Civil Veterinary Department. Central Provinces & Berar 1925-31 - 1925-1931
Year: 1925
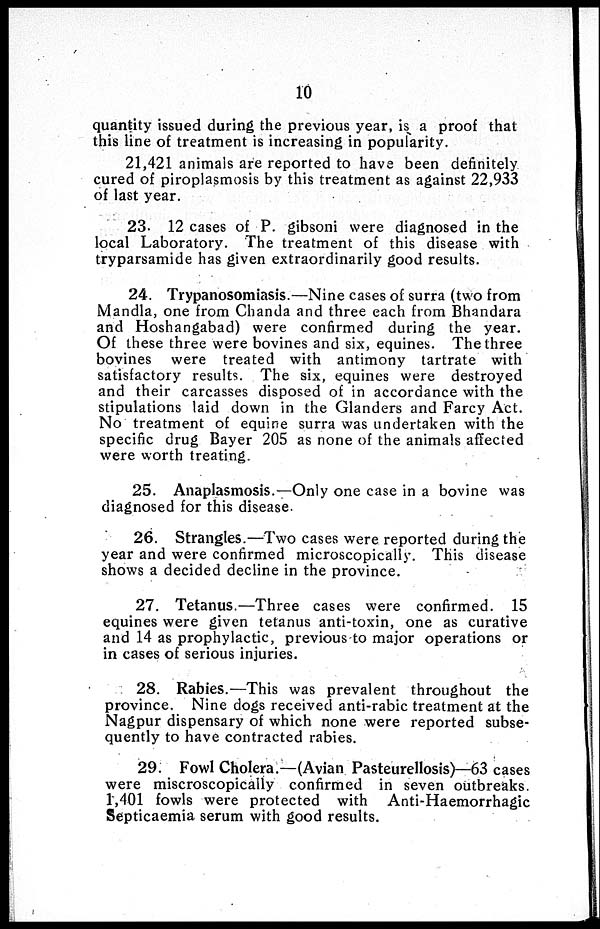
10
quantity issued during the previous year, is a proof that
this line of treatment is increasing in popularity.
21,421 animals are reported to have been definitely
cured of piroplasmosis by this treatment as against 22,933
of last year.
23. 12 cases of P gibsoni were diagnosed in the
local Laboratory. The treatment of this disease with
tryparsamide has given extraordinarily good results.
24. Trypanosomiasis.—Nine cases of surra (two from
Mandla, one from Chanda and three each from Bhandara
and Hoshangabad) were confirmed during the year.
Of these three were bovines and six, equines. The three
bovines were treated with antimony tartrate with
satisfactory results. The six, equines were destroyed
and their carcasses disposed of in accordance with the
stipulations laid down in the Glanders and Farcy Act.
No treatment of equine surra was undertaken with the
specific drug Bayer 205 as none of the animals affected
were worth treating.
25. Anaplasmosis.—Only one case in a bovine was
diagnosed for this disease.
26. Strangles.—Two cases were reported during the
year and were confirmed microscopically. This disease
shows a decided decline in the province.
27. Tetanus.—Three cases were confirmed. 15
equines were given tetanus anti-toxin, one as curative
and 14 as prophylactic, previous to major operations or
in cases of serious injuries.
28. Rabies.—This was prevalent throughout the
province. Nine dogs received anti-rabic treatment at the
Nagpur dispensary of which none were reported subse-
quently to have contracted rabies.
29. Fowl Cholera.—(Avian Pasteurellosis)—63 cases
were miscroscopically confirmed in seven outbreaks.
1,401 fowls were protected with Anti-Haemorrhagic
Septicaemia serum with good results.